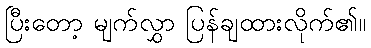
ပြီးတော့ မျက်လွှာ ပြန်ချထားလိုက်၏။